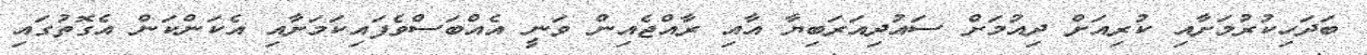
ބަދަހިކުރުމަށާއި ކުރިއަށް ދިއުމަށް ސައުދިއަރަބިޔާ އާއި ރާއްޖެއިން ވަނީ އެއްބަސްވެފައިކަމަށާއި އެކަންކަން އެގޮތުގައި